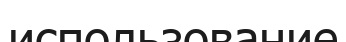
использование